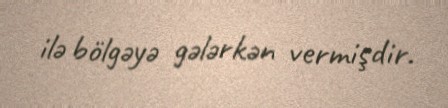
ilə bölgəyə gələrkən vermişdir.